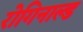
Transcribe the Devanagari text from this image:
रोगिनाल्ड